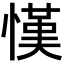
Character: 𢠦